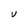
Character: V